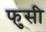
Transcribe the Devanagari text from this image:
फुसी